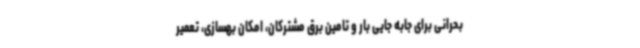
بحرانی برای جابه جایی بار و تامین برق مشترکان، امکان بهسازی، تعمیر